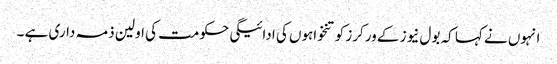
انہوں نے کہا کہ بول نیوز کے ورکرز کو تنخواہوں کی ادائیگی حکومت کی اولین ذمہ داری ہے ۔